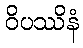
ဝိပဿိနံ